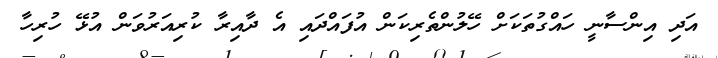
އަދި އިންސާނީ ހައްގުތަކަށް ހޭލުންތެރިކަން އުފައްދައި އެ ދާއިރާ ކުރިއަރުވަން އުޅޭ ހުރިހާ